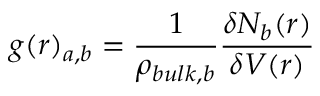
g ( r ) _ { a , b } = \frac { 1 } { \rho _ { b u l k , b } } \frac { \delta N _ { b } ( r ) } { \delta V ( r ) }